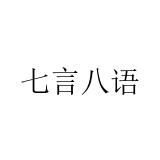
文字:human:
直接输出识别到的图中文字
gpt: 七言八语